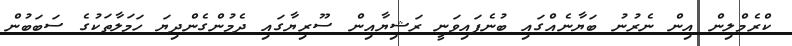
ކްރެމްލިން އިން ނެރުނު ބަޔާނެއްގައި ބުނެފައިވަނީ ރަޝިޔާއިން ސޫރިޔާގައި ދެމުންގެންދިޔަ ހަމަލާތަކުގެ ސަބަބުން